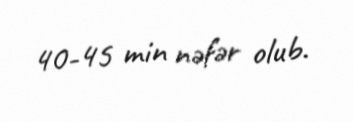
40-45 min nəfər olub.